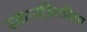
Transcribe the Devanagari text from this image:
स्कानडिनविया